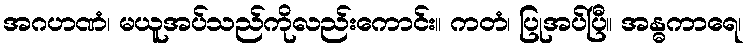
အဂဟဏံ၊ မယူအပ်သည်ကိုလည်းကောင်း။ ကတံ၊ ပြုအပ်ပြီ။ အန္ဓကာရေ၊